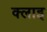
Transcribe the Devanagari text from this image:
क्लाइ